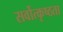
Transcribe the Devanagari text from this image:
सर्वोत्कृष्ठता